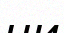
чи